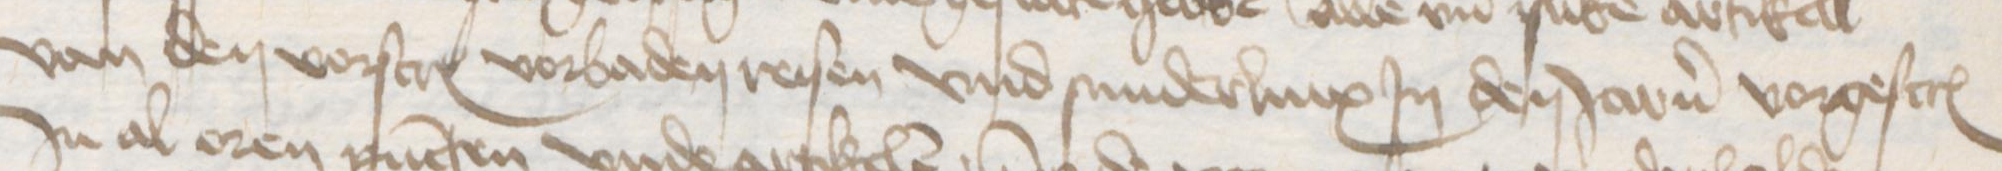
Transcription: van den vorscreuen vorbaden reisen vnd sunderlinx Jn den Jaren vorgescreuen